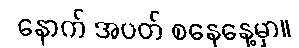
နောက် အပတ် စနေနေ့မှာ။